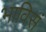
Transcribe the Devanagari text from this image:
भाविसं